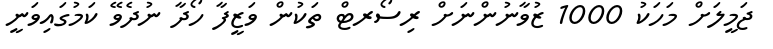
ޖަމީލަށް މަހަކު 1000 ޒުވާނުންނަށް ރިސޯރޓް ތަކުން ވަޒީފާ ހޯދާ ނުދެވޭ ކަމުގައިވަނީ